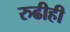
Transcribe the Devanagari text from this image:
रुढीही